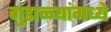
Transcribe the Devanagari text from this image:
गुंडाळ्यांमध्ये